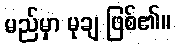
မည်မှာ မုချ ဖြစ်၏။